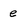
Character: e